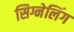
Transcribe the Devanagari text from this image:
सिग्नेलिंग